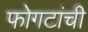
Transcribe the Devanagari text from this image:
फोगटांची